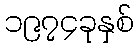
၁၉၇၄ခုနှစ်